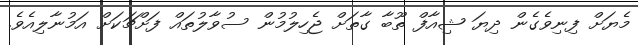
މެޔަށް ފިނިވެގެން ދިޔަ ޝިއާފް ތޫބާ ގާތަށް ޖެހިލުމުން ސުވާލުތައް ފަށްޗަކަށް އަމުނާލިއެވެ.